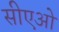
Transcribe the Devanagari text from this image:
सीएओ